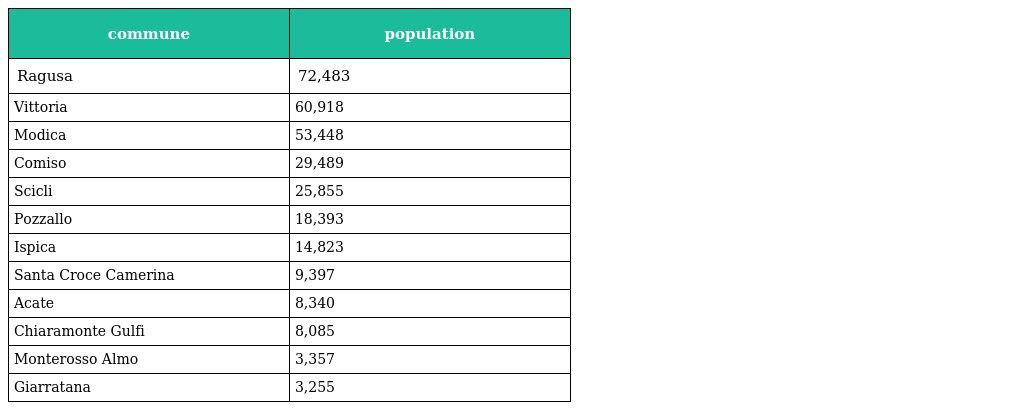
| commune | population |
 | --- | --- |
 | Ragusa | 72,483 |
 | Vittoria | 60,918 |
 | Modica | 53,448 |
 | Comiso | 29,489 |
 | Scicli | 25,855 |
 | Pozzallo | 18,393 |
 | Ispica | 14,823 |
 | Santa Croce Camerina | 9,397 |
 | Acate | 8,340 |
 | Chiaramonte Gulfi | 8,085 |
 | Monterosso Almo | 3,357 |
 | Giarratana | 3,255 |